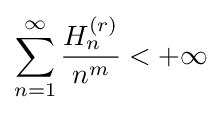
\sum _{n=1}^{\infty }{\frac {H_{n}^{(r)}}{n^{m}}}<+\infty